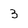
Character: 3